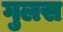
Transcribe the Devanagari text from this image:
गुलस